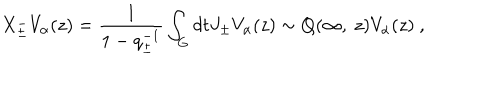
LaTeX: X _ { \pm } ^ { - } V _ { \alpha } ( z ) = \frac { 1 } { 1 - q _ { \pm } ^ { - 1 } } \int _ { G } d t J _ { \pm } V _ { \alpha } ( z ) \sim Q ( \infty , ~ z ) V _ { \alpha } ( z ) ~ ,